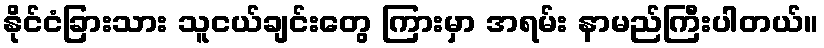
နိုင်ငံခြားသား သူငယ်ချင်းတွေ ကြားမှာ အရမ်း နာမည်ကြီးပါတယ်။